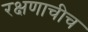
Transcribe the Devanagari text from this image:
रक्षणाचीच